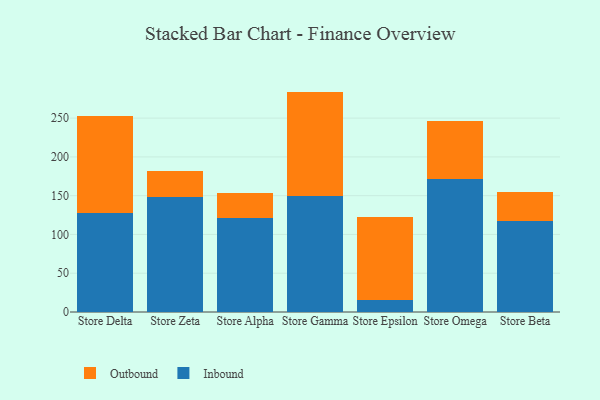
{"axis": {"x": "Store", "y": "Active Users"}, "legend": ["Inbound", "Outbound"], "data": [{"x": "Store Delta", "y": 127.1, "type": "Inbound"}, {"x": "Store Delta", "y": 125.6, "type": "Outbound"}, {"x": "Store Zeta", "y": 148.1, "type": "Inbound"}, {"x": "Store Zeta", "y": 34.2, "type": "Outbound"}, {"x": "Store Alpha", "y": 121.1, "type": "Inbound"}, {"x": "Store Alpha", "y": 32.6, "type": "Outbound"}, {"x": "Store Gamma", "y": 149.0, "type": "Inbound"}, {"x": "Store Gamma", "y": 135.2, "type": "Outbound"}, {"x": "Store Epsilon", "y": 15.8, "type": "Inbound"}, {"x": "Store Epsilon", "y": 107.0, "type": "Outbound"}, {"x": "Store Omega", "y": 171.5, "type": "Inbound"}, {"x": "Store Omega", "y": 75.1, "type": "Outbound"}, {"x": "Store Beta", "y": 116.9, "type": "Inbound"}, {"x": "Store Beta", "y": 38.2, "type": "Outbound"}]}